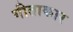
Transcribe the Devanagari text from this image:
गीताकार